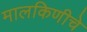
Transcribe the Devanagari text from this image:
मालकिणीचे